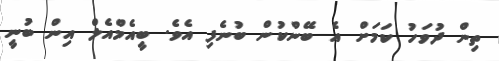
ތިން ދުވަހު ކަމަށް އެ ބޭންކުން ބުނެފި އެވެ. ބީއެމްއެލް އިން ބުނީ